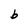
Character: b